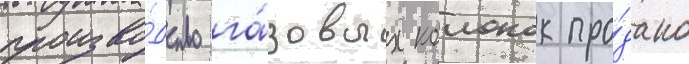
произво́дство га́зовых колонок про́дано